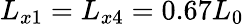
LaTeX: L_{x1}=L_{x4}=0.67L_{0}